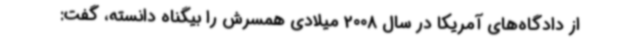
از دادگاه‌های آمریکا در سال 2008 میلادی همسرش را بیگناه دانسته، گفت: